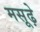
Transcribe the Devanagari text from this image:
मसूढ़े